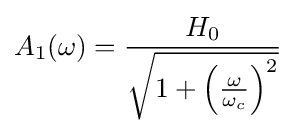
A_{1}(\omega )={\frac {H_{0}}{\sqrt {1+{{\left({\frac {\omega }{\omega _{c}}}\right)}^{2}}}}}